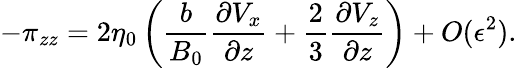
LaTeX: -\pi_{zz}=2\eta_{0}\left(\frac{b}{B_{0}}\frac{\partial V_{x}}{\partial z}+\frac{2}{3}\frac{\partial V_{z}}{\partial z}\right)+O(\epsilon^{2}).